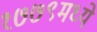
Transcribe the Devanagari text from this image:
१७७९मध्ये